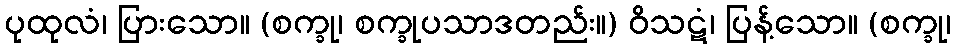
ပုထုလံ၊ ပြားသော။ (စက္ခု၊ စက္ခုပသာဒတည်း။) ဝိသဋံ၊ ပြန့်သော။ (စက္ခု၊